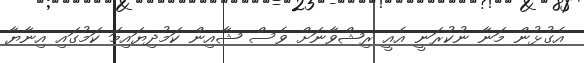
އެގުޅުން މަނާ ނުކުރަނީ އެއީ ރިޝްވާނަށް ވެސް ޝާއިން ކަމުދިޔައިމަ ކަމުގައި އިނާޔާ